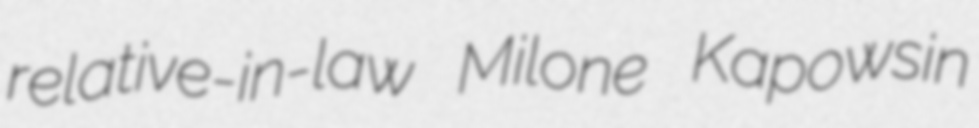
relative-in-law Milone Kapowsin